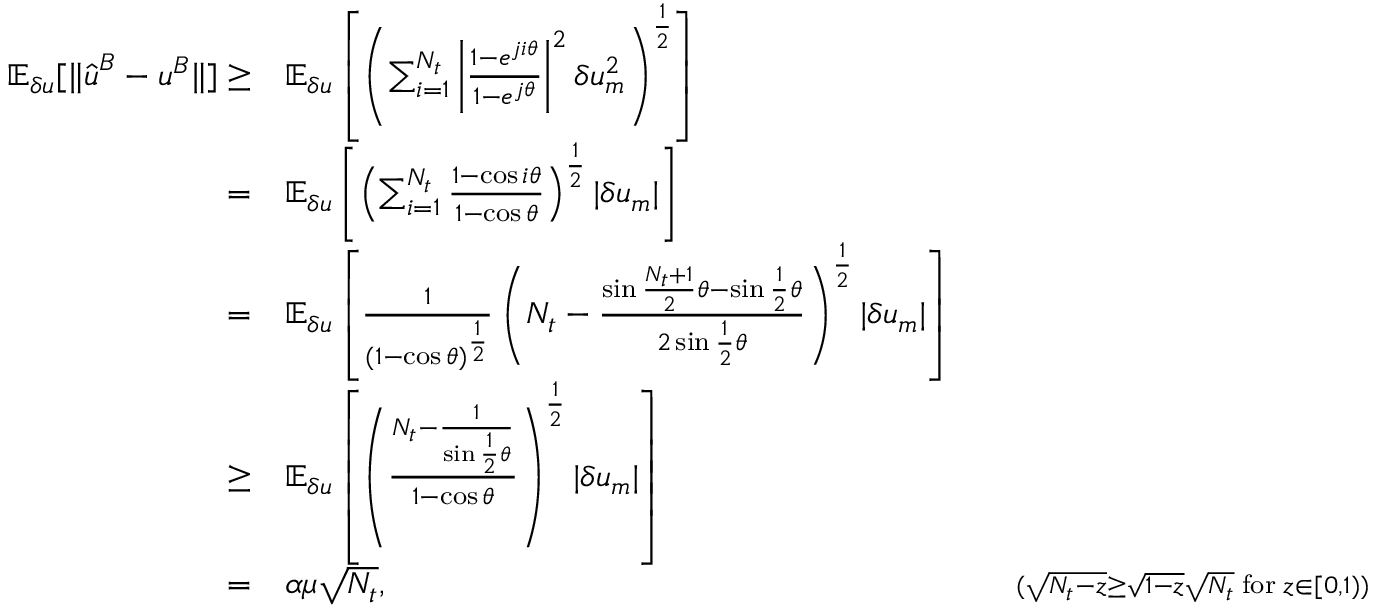
\begin{array} { r l r } { \mathbb { E } _ { \delta u } [ \| \hat { \boldsymbol { u } } ^ { B } - \boldsymbol { u } ^ { B } \| ] \ge } & { \mathbb { E } _ { \delta u } \left[ \left( \sum _ { i = 1 } ^ { N _ { t } } \left| \frac { 1 - e ^ { j i \theta } } { 1 - e ^ { j \theta } } \right| ^ { 2 } \delta u _ { m } ^ { 2 } \right) ^ { \frac { 1 } { 2 } } \right] } & \\ { = } & { \mathbb { E } _ { \delta u } \left[ \left( \sum _ { i = 1 } ^ { N _ { t } } \frac { 1 - \cos i \theta } { 1 - \cos \theta } \right) ^ { \frac { 1 } { 2 } } | \delta u _ { m } | \right] } & \\ { = } & { \mathbb { E } _ { \delta u } \left[ \frac { 1 } { ( 1 - \cos \theta ) ^ { \frac { 1 } { 2 } } } \left( N _ { t } - \frac { \sin \frac { N _ { t } + 1 } { 2 } \theta - \sin \frac { 1 } { 2 } \theta } { 2 \sin \frac { 1 } { 2 } \theta } \right) ^ { \frac { 1 } { 2 } } | \delta u _ { m } | \right] } & \\ { \ge } & { \mathbb { E } _ { \delta u } \left[ \left( \frac { N _ { t } - \frac { 1 } { \sin \frac { 1 } { 2 } \theta } } { 1 - \cos \theta } \right) ^ { \frac { 1 } { 2 } } | \delta u _ { m } | \right] } & \\ { = } & { \alpha \mu \sqrt { N _ { t } } , } & { \quad { \scriptstyle ( \sqrt { N _ { t } - z } \ge \sqrt { 1 - z } \sqrt { N _ { t } } \; \mathrm { f o r } \; z \in [ 0 , 1 ) ) } } \end{array}